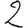
Digit: 2